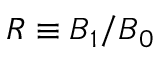
R \equiv B _ { 1 } / B _ { 0 }